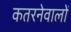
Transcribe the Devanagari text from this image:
कतरनेवालों